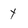
Character: y